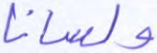
ولسانا